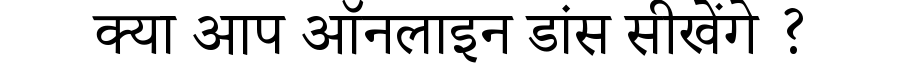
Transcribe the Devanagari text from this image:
क्या आप ऑनलाइन डांस सीखेंगे ?